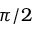
\pi / 2